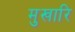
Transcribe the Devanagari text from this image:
मुखारि